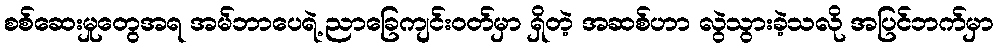
စစ်ဆေးမှုတွေအရ အမ်ဘာပေရဲ့ ညာခြေကျင်းဝတ်မှာ ရှိတဲ့ အဆစ်ဟာ လွဲသွားခဲ့သလို အပြင်ဘက်မှာ